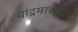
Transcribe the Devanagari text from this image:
चांद्रमासावर